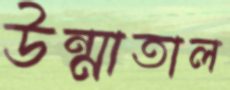
উন্মাতাল